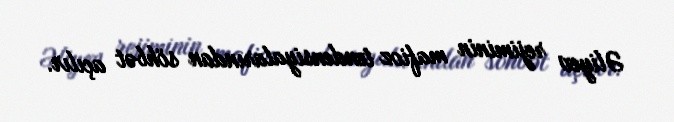
Əliyev rejiminin mafioz tendensiyalarından söhbət açılır.